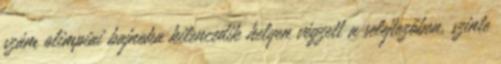
szám olimpiai bajnoka kilencedik helyen végzett a selejtezőben, szinte